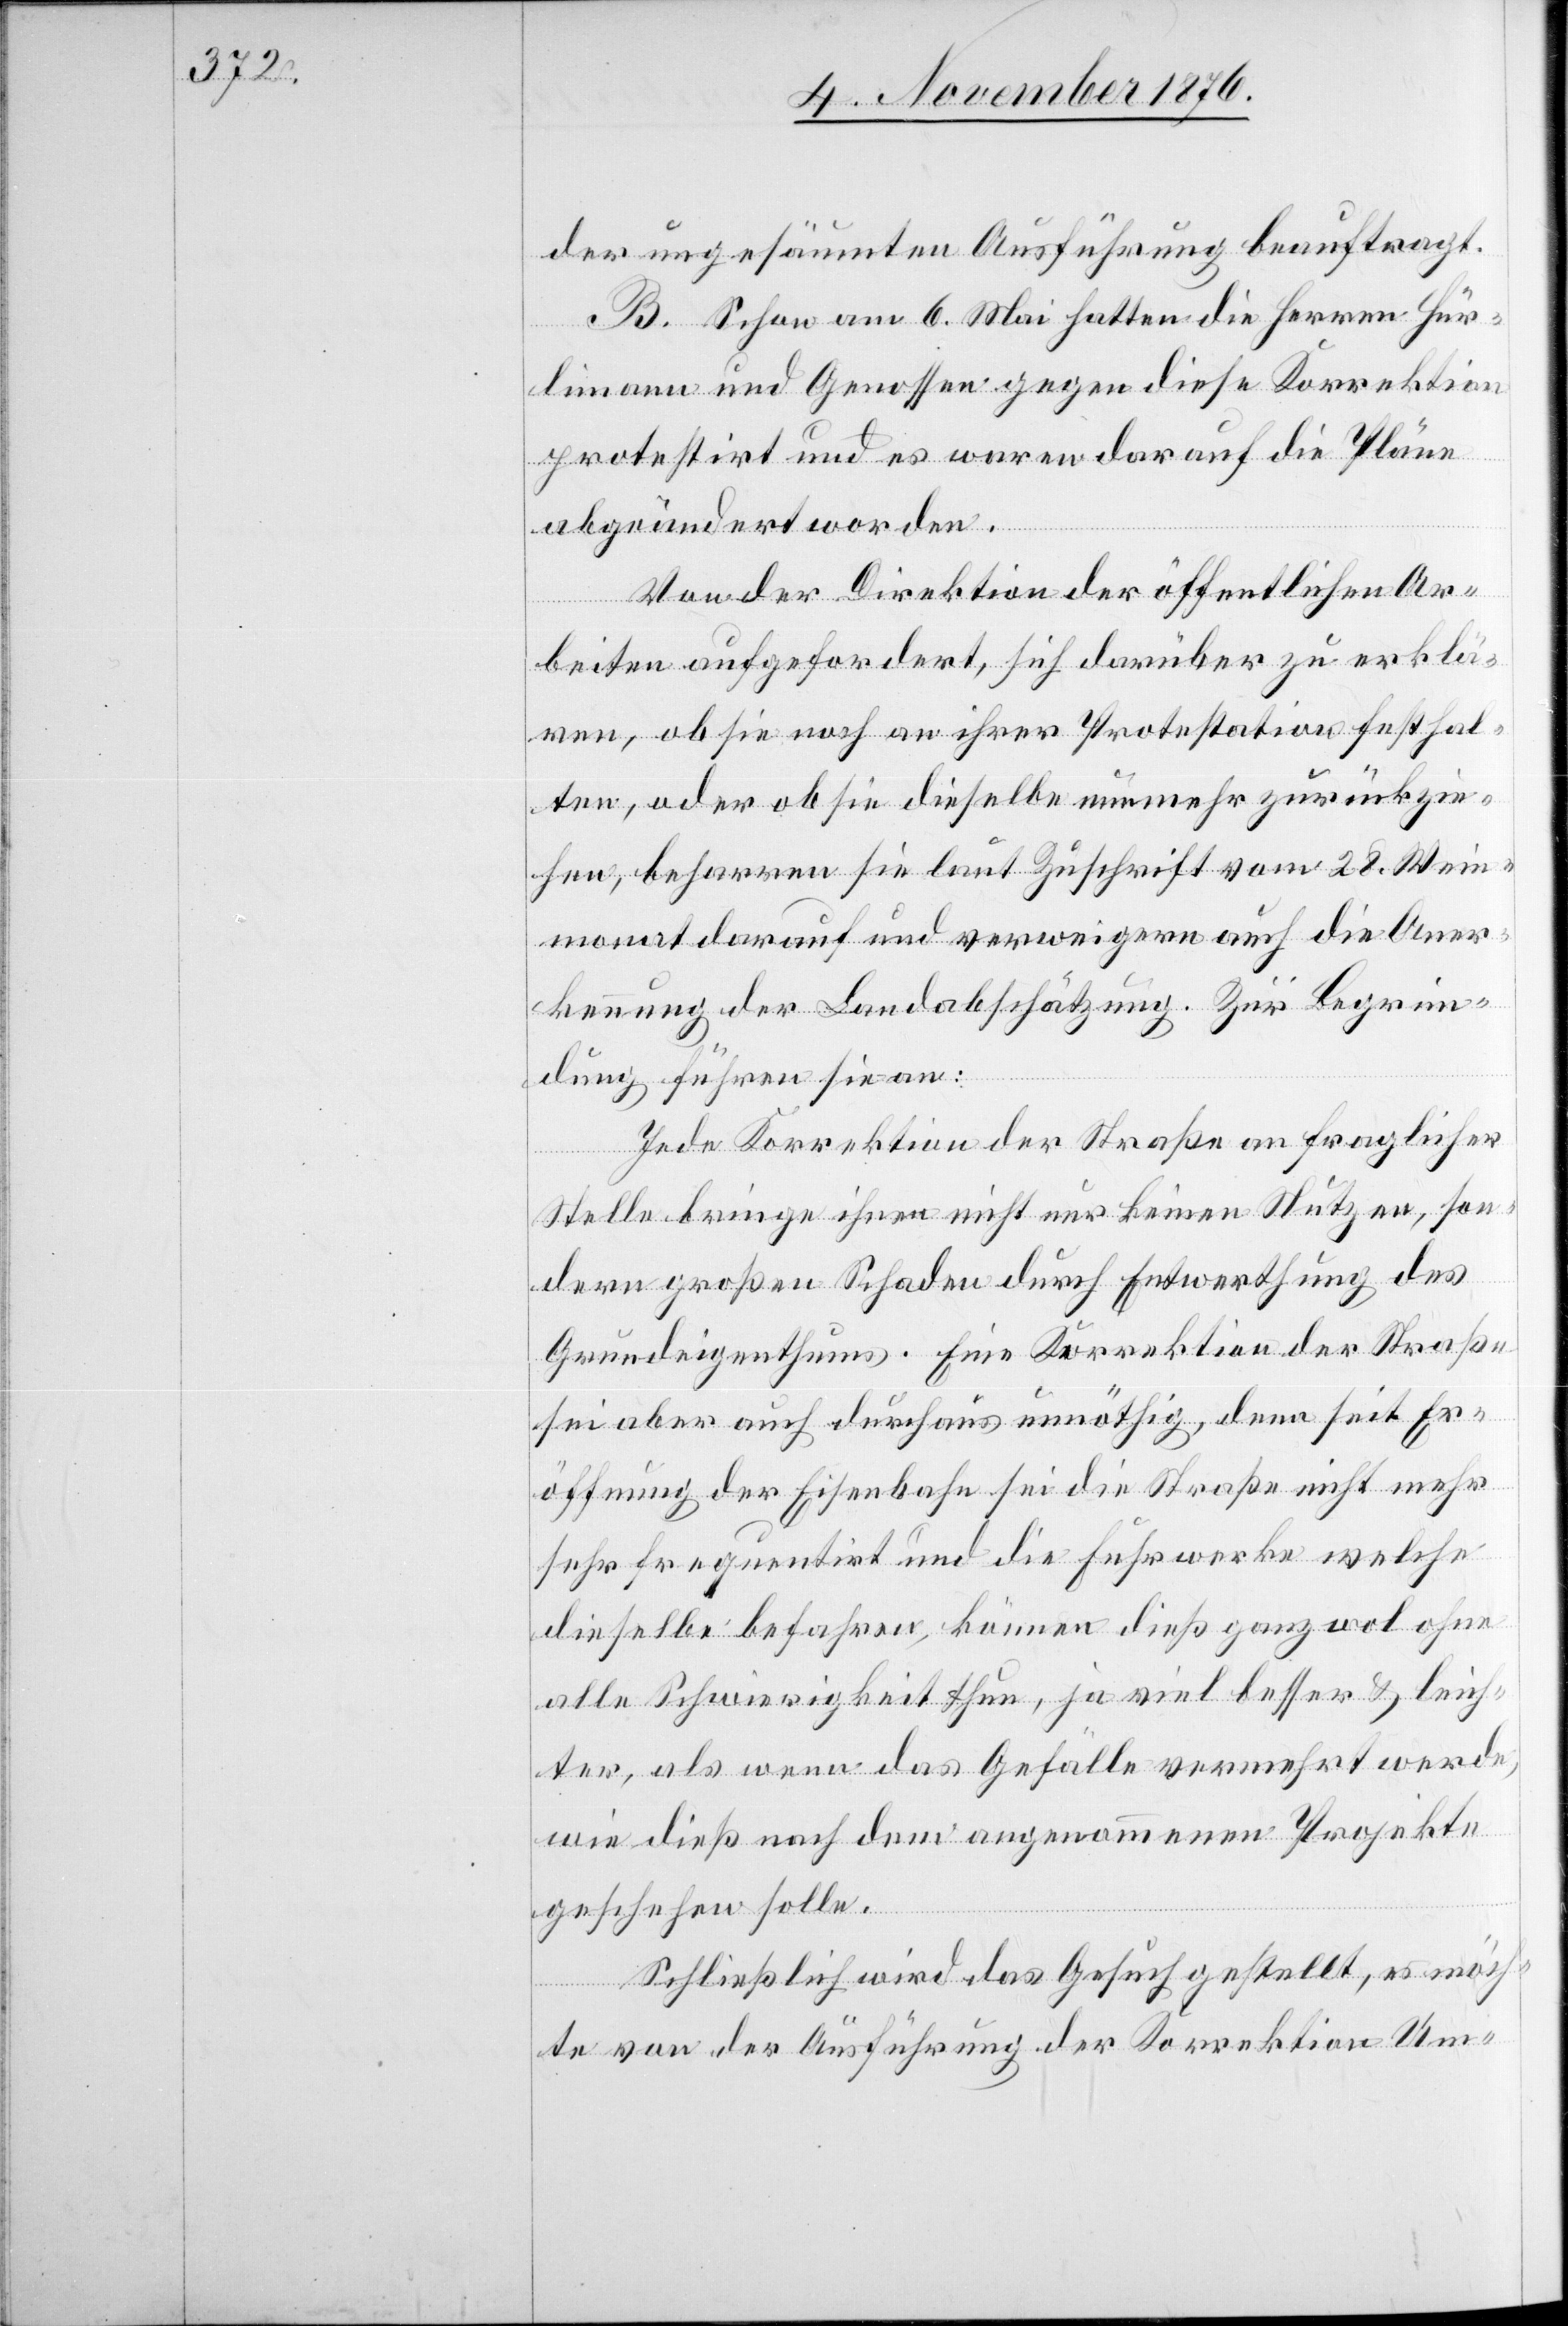
der ungesäumten Ausführung beauftragt.
B. Schon am 6. Mai hatten die Herren Hür¬
limann und Genossen gegen diese Korrektion
protestirt und es waren darauf die Pläne
abgeändert worden.
Von der Direktion der öffentlichen Ar¬
beiten aufgefordert, sich darüber zu erklä¬
ren, ob sie noch an ihrer Protestation festhal¬
ten, oder ob sie dieselbe nunmehr zurückzie¬
hen, beharren sie laut Zuschrift vom 28. Wein¬
monat darauf und verweigern auch die Aner¬
kennung der Landabschätzung. Zur Begrün¬
dung führen sie an:
Jede Korrektion der Straße an fraglicher
Stelle bringe ihnen nicht nur keinen Nutzen, son¬
dern großen Schaden durch Entwerthung des
Grundeigenthums. Eine Korrektion der Straße
sei aber auch durchaus unnöthig, denn seit Er¬
öffnung der Eisenbahn sei die Straße nicht mehr
sehr frequentirt und die Fuhrwerke welche
dieselbe befahren, können dieß ganz wol ohne
alle Schwierigkeit thun, ja viel besser & leich¬
ter, als wenn das Gefälle vermehrt werde,
wie dieß nah dem angenommenen Projekte
geschehen solle.
Schließlich wird das Gesuch gestellt, es möch¬
te von der Ausführung der Korrektion Um-